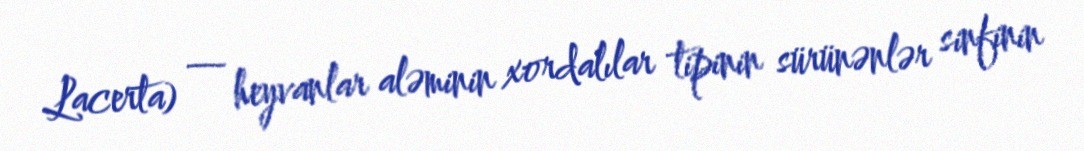
Lacerta) — heyvanlar aləminin xordalılar tipinin sürünənlər sinfinin